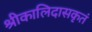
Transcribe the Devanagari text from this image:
श्रीकालिदासकृतं